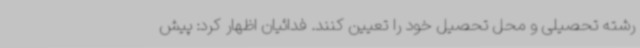
رشته تحصیلی و محل تحصیل خود را تعیین کنند. فدائیان اظهار کرد: پیش